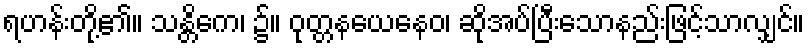
ရဟန်းတို့၏။ သန္တိကေ၊ ၌။ ဝုတ္တနယေနေဝ၊ ဆိုအပ်ပြီးသောနည်းဖြင့်သာလျှင်။